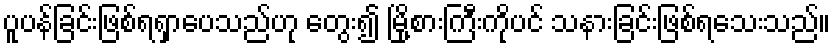
ပူပန်ခြင်းဖြစ်ရရှာပေသည်ဟု တွေး၍ မြို့စားကြီးကိုပင် သနားခြင်းဖြစ်ရသေးသည်။